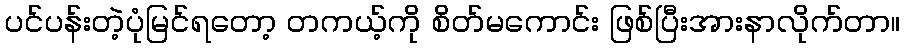
ပင်ပန်းတဲ့ပုံမြင်ရတော့ တကယ့်ကို စိတ်မကောင်း ဖြစ်ပြီးအားနာလိုက်တာ။